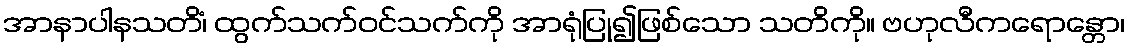
အာနာပါနသတိံ၊ ထွက်သက်ဝင်သက်ကို အာရုံပြု၍ဖြစ်သော သတိကို။ ဗဟုလီကရောန္တော၊